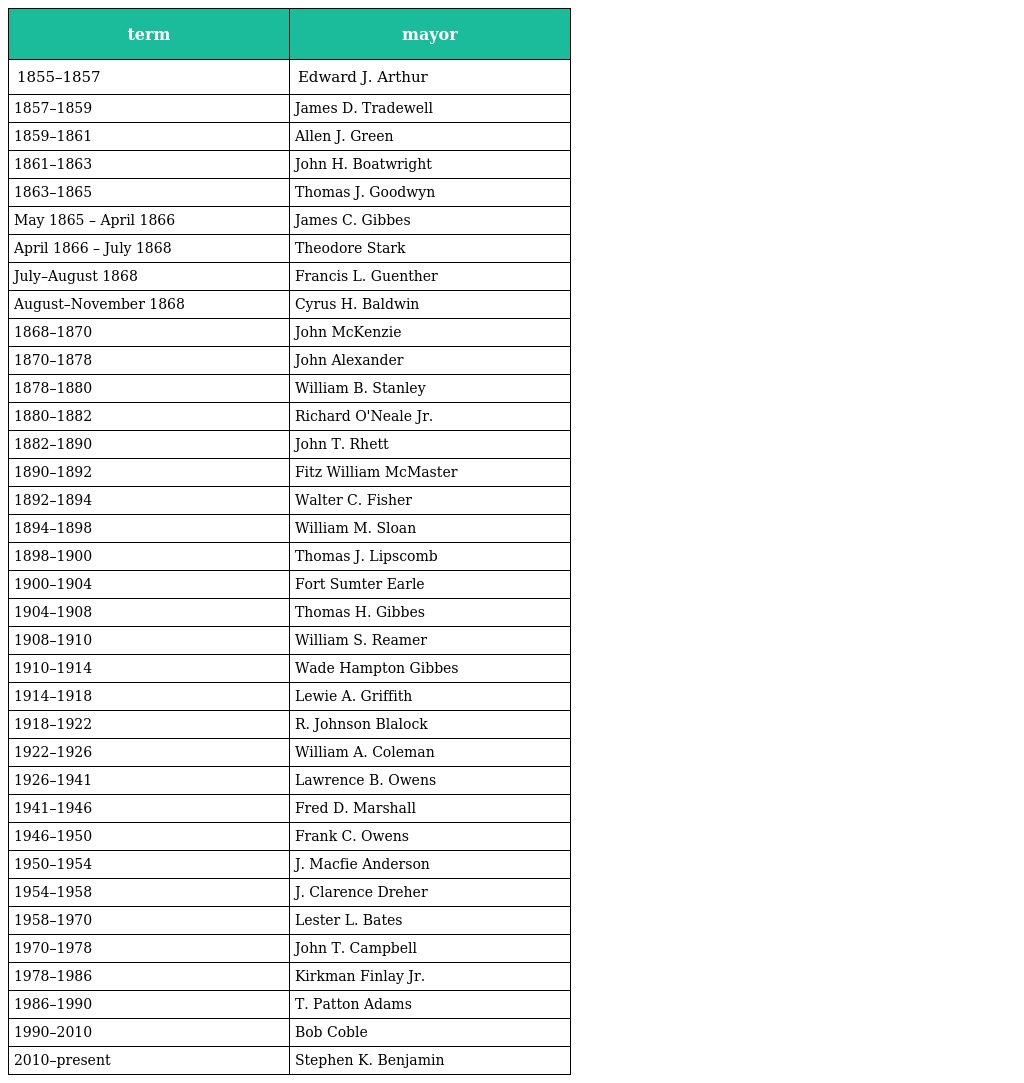
| term | mayor |
 | --- | --- |
 | 1855–1857 | Edward J. Arthur |
 | 1857–1859 | James D. Tradewell |
 | 1859–1861 | Allen J. Green |
 | 1861–1863 | John H. Boatwright |
 | 1863–1865 | Thomas J. Goodwyn |
 | May 1865 – April 1866 | James C. Gibbes |
 | April 1866 – July 1868 | Theodore Stark |
 | July–August 1868 | Francis L. Guenther |
 | August–November 1868 | Cyrus H. Baldwin |
 | 1868–1870 | John McKenzie |
 | 1870–1878 | John Alexander |
 | 1878–1880 | William B. Stanley |
 | 1880–1882 | Richard O'Neale Jr. |
 | 1882–1890 | John T. Rhett |
 | 1890–1892 | Fitz William McMaster |
 | 1892–1894 | Walter C. Fisher |
 | 1894–1898 | William M. Sloan |
 | 1898–1900 | Thomas J. Lipscomb |
 | 1900–1904 | Fort Sumter Earle |
 | 1904–1908 | Thomas H. Gibbes |
 | 1908–1910 | William S. Reamer |
 | 1910–1914 | Wade Hampton Gibbes |
 | 1914–1918 | Lewie A. Griffith |
 | 1918–1922 | R. Johnson Blalock |
 | 1922–1926 | William A. Coleman |
 | 1926–1941 | Lawrence B. Owens |
 | 1941–1946 | Fred D. Marshall |
 | 1946–1950 | Frank C. Owens |
 | 1950–1954 | J. Macfie Anderson |
 | 1954–1958 | J. Clarence Dreher |
 | 1958–1970 | Lester L. Bates |
 | 1970–1978 | John T. Campbell |
 | 1978–1986 | Kirkman Finlay Jr. |
 | 1986–1990 | T. Patton Adams |
 | 1990–2010 | Bob Coble |
 | 2010–present | Stephen K. Benjamin |